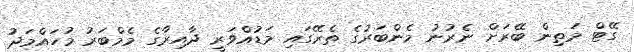
ގޭޓް މަތިން ބޭރަށް ނެރުނު މެންބަރުގެ ތެރޭގައި މަޑުއްވަރީ ދާއިރާގެ މެމްބަރު މުހައްމަދު